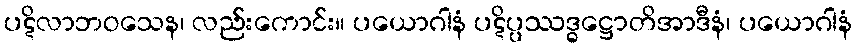
ပဋိလာဘဝသေန၊ လည်းကောင်း။ ပယောဂါနံ ပဋိပ္ပဿဒ္ဓဋ္ဌောတိအာဒီနံ၊ ပယောဂါနံ